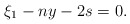
\begin{align*} \xi_1-ny-2s = 0.\end{align*}